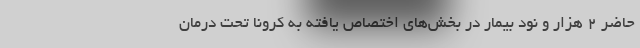
حاضر ۲ هزار و نود بیمار در بخش‌های اختصاص یافته به کرونا تحت درمان